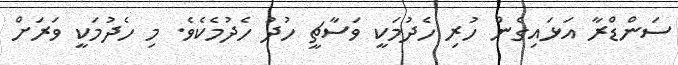
ސަންޑްރާ އަޅައިގެން ހުރި ހެދުމަކީ ވަސާޗީ ހުދު ހެދުމެކެވެ. މި ހެދުމަކީ ވަރަށް